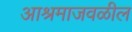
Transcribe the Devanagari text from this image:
आश्रमाजवळील